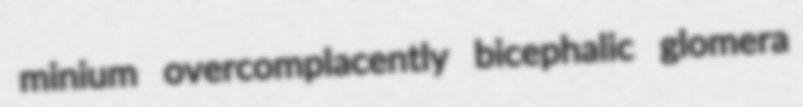
minium overcomplacently bicephalic glomera